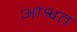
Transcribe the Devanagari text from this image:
आश्वत